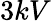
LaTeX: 3kV